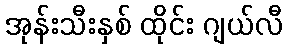
အုန်းသီးနှစ် ထိုင်း ဂျယ်လီ